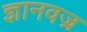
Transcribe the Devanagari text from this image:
ज्ञानवज्र